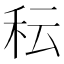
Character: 秐